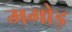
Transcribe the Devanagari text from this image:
मगोड़